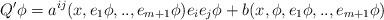
LaTeX: \begin{align*}Q^{\prime }\phi =a^{ij}(x,e_{1}\phi ,..,e_{m+1}\phi )e_{i}e_{j}\phi+b(x,\phi ,e_{1}\phi ,..,e_{m+1}\phi ) \end{align*}